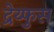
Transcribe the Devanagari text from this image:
द्रेय्फुस